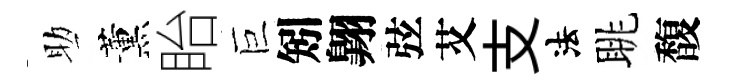
助薰眙巨矧翺弦艾支法眺馥